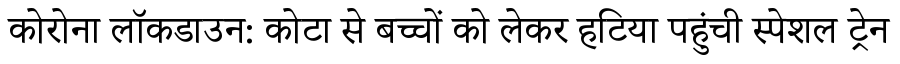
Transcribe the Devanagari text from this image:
कोरोना लॉकडाउन: कोटा से बच्चों को लेकर हटिया पहुंची स्पेशल ट्रेन